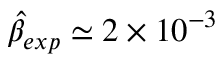
\hat { \beta } _ { e x p } \simeq 2 \times 1 0 ^ { - 3 }